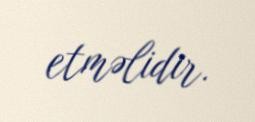
etməlidir.